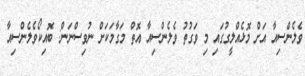
ވެލެންސިއާ އަށް މޮޅެއްލީގުގައި މި ވަގުތު ވެލެންސިއާ އޮތް މަގާމަކަށް ނުވިސްނަން: ބޮއިކޯވެލެންސިއާ